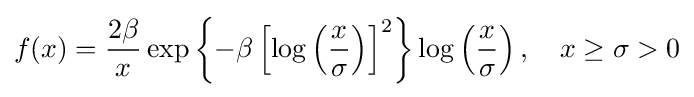
f(x)={\frac {2\beta }{x}}\exp \left\{-\beta \left[\log \left({\frac {x}{\sigma }}\right)\right]^{2}\right\}\log \left({\frac {x}{\sigma }}\right),\quad x\geq \sigma >0